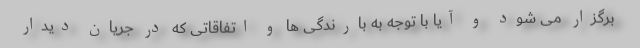
برگزار می شود و آیا با توجه به بارندگی ها و اتفاقاتی که در جریان دیدار